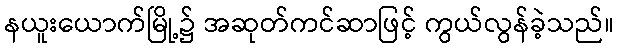
နယူးယောက်မြို့၌ အဆုတ်ကင်ဆာဖြင့် ကွယ်လွန်ခဲ့သည်။